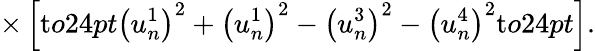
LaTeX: \times\left[\mathrm{t}o24pt{}\left(u_{n}^{1}\right)^{2}+\left(u_{n}^{1}\right)^{2}-\left(u_{n}^{3}\right)^{2}-\left(u_{n}^{4}\right)^{2}\mathrm{t}o24pt{}\right].